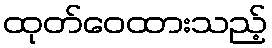
ထုတ်ဝေထားသည့်